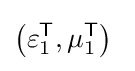
\left(\varepsilon _{1}^{\mathsf {T}},\mu _{1}^{\mathsf {T}}\right)\